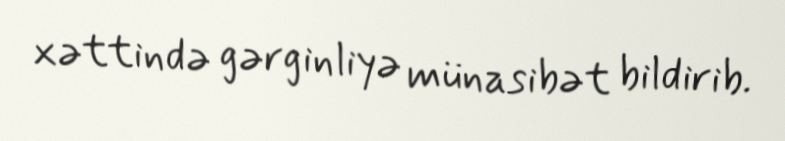
xəttində gərginliyə münasibət bildirib.